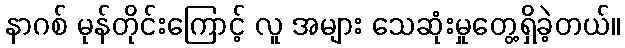
နာဂစ် မုန်တိုင်းကြောင့် လူ အများ သေဆုံးမှုတွေ့ရှိခဲ့တယ်။